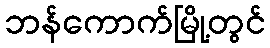
ဘန်ကောက်မြို့တွင်